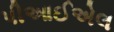
પીઆઈએલ